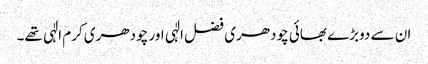
ان سے دوبڑے بھائی چودھری فضل الٰہی اور چودھری کرم الٰہی تھے۔